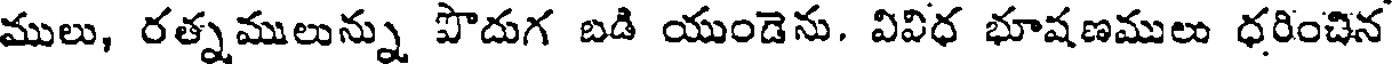
ములు, రత్నములున్ను పొదుగ బడి యుండెను. వివిధ భూషణములు ధరించిన